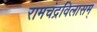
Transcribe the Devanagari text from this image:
रामचंद्रविलासम्